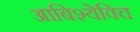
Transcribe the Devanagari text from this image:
आबिश्येविच